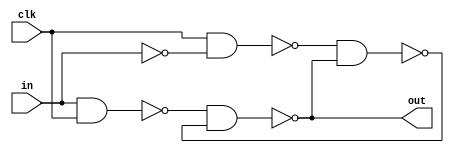
`timescale 1ns / 1ps
module dff(out, clk, in);
input clk, in;
output out;
wire p, o, w_not, q, q_bar;
nand n11(p, in, clk);
nand n12(o, clk, w_not);
nand n21(q, p, q_bar);
nand n22(q_bar, o, q);
not not1(w_not, in);
assign out = q;
endmodule